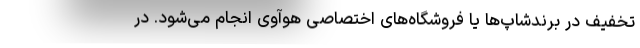
تخفیف در برندشاپ‌ها یا فروشگاه‌های ‌اختصاصی هوآوی انجام می‌شود. در